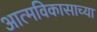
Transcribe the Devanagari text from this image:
आत्मविकासाच्या